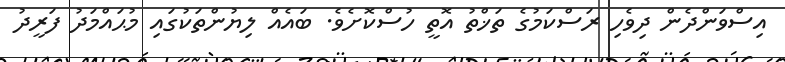
އިސްވަންދެން ދިވެހި ރަސްކަމުގެ ތަޚްތު އޮތީ ހުސްކޮށެވެ. ބައެއް ލިޔުންތަކުގައި މުޙައްމަދު ފަރީދު